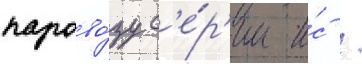
парово́зу с'е́р'ии и́с /